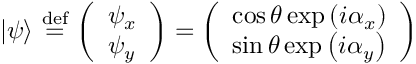
| \psi \rangle \ { \stackrel { \mathrm { d e f } } { = } } \ { \left( \begin{array} { l } { \psi _ { x } } \\ { \psi _ { y } } \end{array} \right) } = { \left( \begin{array} { l } { \cos \theta \exp \left( i \alpha _ { x } \right) } \\ { \sin \theta \exp \left( i \alpha _ { y } \right) } \end{array} \right) }